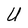
Character: U